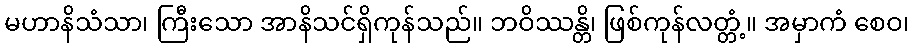
မဟာနိသံသာ၊ ကြီးသော အာနိသင်ရှိကုန်သည်။ ဘဝိဿန္တိ၊ ဖြစ်ကုန်လတ္တံ့။ အမှာကံ စေဝ၊